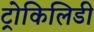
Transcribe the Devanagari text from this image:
ट्रोकिलिडी